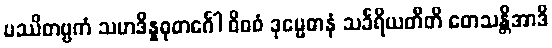
ပဿိတဗ္ဗကံ သမာဒိန္နဓုတင်္ဂေါ ဝိဓဝံ ဒုမ္မေဓာနံ သင်္ခရိယတီတိ တေသန္တိအာဒိ